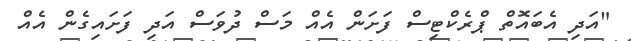
"އަދި އެބައޮތް ޕްރެކްޓިސް ފަށަން އެއް މަސް ދުވަސް އަދި ފަށައިގެން އެއް